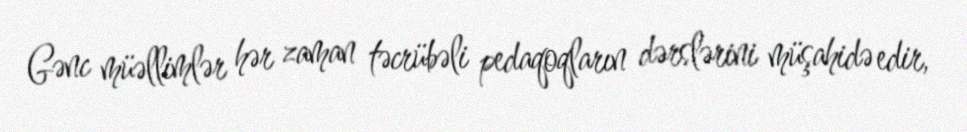
Gənc müəllimlər hər zaman təcrübəli pedaqoqların dərslərini müşahidə edir,